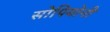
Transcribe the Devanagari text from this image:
सोपियोनी